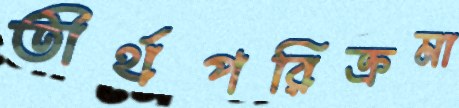
তীর্থপরিক্রমা